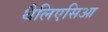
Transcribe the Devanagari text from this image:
थैलिएसिआ